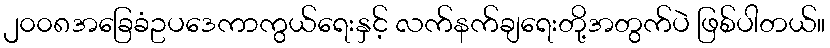
၂၀၀၈အခြေခံဥပဒေကာကွယ်ရေးနှင့် လက်နက်ချရေးတို့အတွက်ပဲ ဖြစ်ပါတယ်။